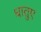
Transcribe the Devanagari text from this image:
धातुए